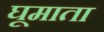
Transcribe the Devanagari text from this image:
घूमाता